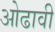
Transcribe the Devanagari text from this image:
ओढावी